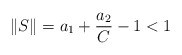
\begin{align*}\|S\|=a_{1}+\frac{a_{2}}{C}-1<1\end{align*}